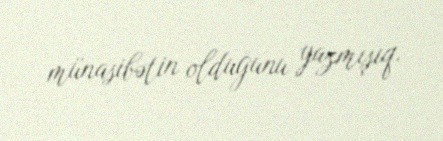
münasibətin olduğunu yazmışıq.